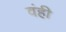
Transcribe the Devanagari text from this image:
वंही